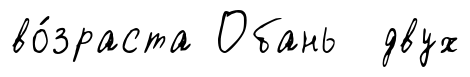
во́зраста Обань двух